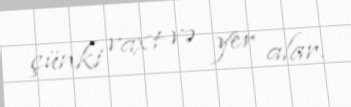
çünki vaxt və yer alar.